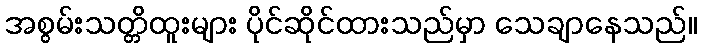
အစွမ်းသတ္တိထူးများ ပိုင်ဆိုင်ထားသည်မှာ သေချာနေသည်။